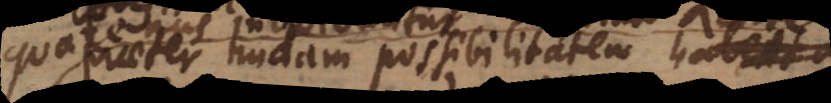
praeter nudam possibilitatem habent